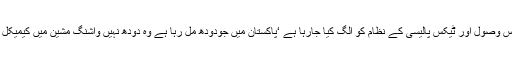
ایف بی آر میں ٹیکس وصول اور ٹیکس پالیسی کے نظام کو الگ کیا جارہا ہے ‘پاکستان میں جودودھ مل رہا ہے وہ دودھ نہیں واشنگ مشین میں کیمیکل ڈال کر بن رہا ہے۔